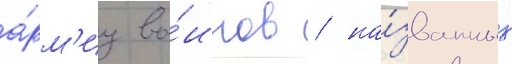
а́рм'иу во́инов / на́званных